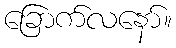
ခြောက်လနော်။